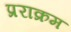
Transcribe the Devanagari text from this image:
प्रराक्रम